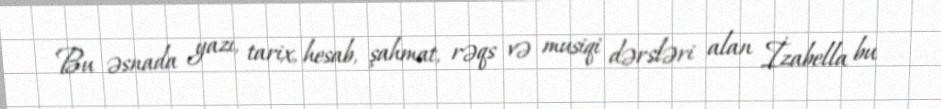
Bu əsnada yazı, tarix, hesab, şahmat, rəqs və musiqi dərsləri alan İzabella bu